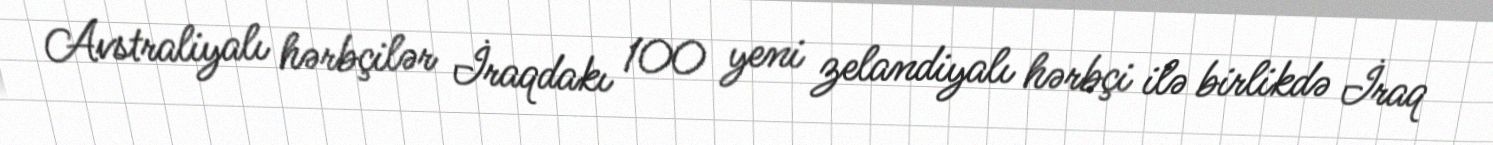
Avstraliyalı hərbçilər İraqdakı 100 yeni zelandiyalı hərbçi ilə birlikdə İraq